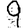
Digit: 9